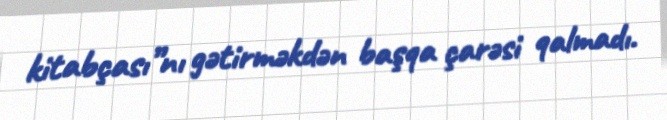
kitabçası”nı gətirməkdən başqa çarəsi qalmadı.